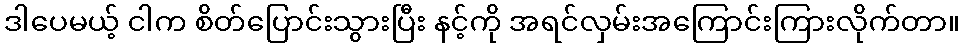
ဒါပေမယ့် ငါက စိတ်ပြောင်းသွားပြီး နင့်ကို အရင်လှမ်းအကြောင်းကြားလိုက်တာ။